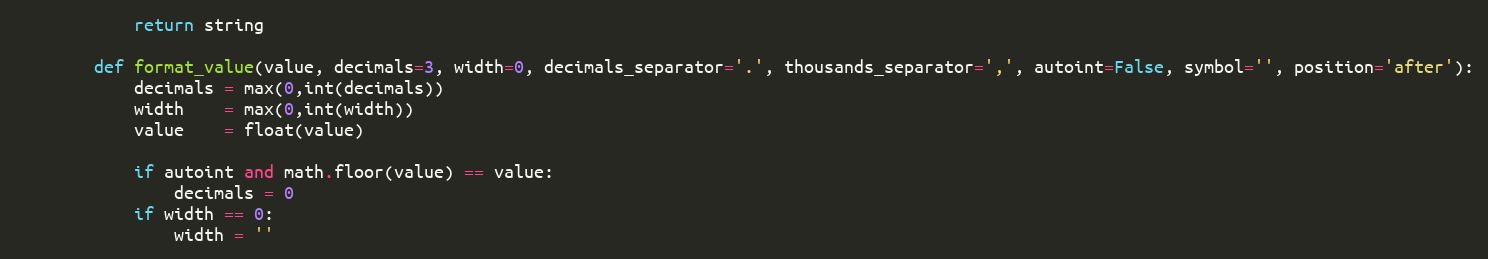
Language: Python
            return string

        def format_value(value, decimals=3, width=0, decimals_separator='.', thousands_separator=',', autoint=False, symbol='', position='after'):
            decimals = max(0,int(decimals))
            width    = max(0,int(width))
            value    = float(value)

            if autoint and math.floor(value) == value:
                decimals = 0
            if width == 0:
                width = ''